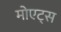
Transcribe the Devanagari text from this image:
मोएट्स